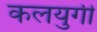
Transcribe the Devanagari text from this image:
कलयुगी